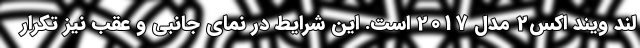
لند ویند اکس2 مدل 2017 است. این شرایط در نمای جانبی و عقب نیز تکرار